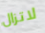
لاتزال